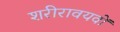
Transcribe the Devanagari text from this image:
शरीरावयवों